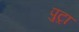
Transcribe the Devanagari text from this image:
पुट्रा